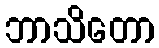
ဘာသိတော